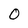
Character: 0